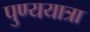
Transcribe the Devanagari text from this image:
पुण्ययात्रा